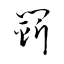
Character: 鬭